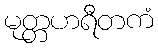
မုတ္တဟရီတကံ